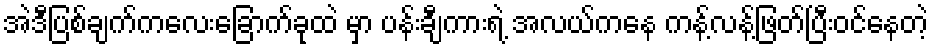
အဲဒီပြစ်ချက်ကလေးခြောက်ခုထဲ မှာ ပန်းချီကားရဲ့ အလယ်ကနေ ကန့်လန့်ဖြတ်ပြီးဝင်နေတဲ့